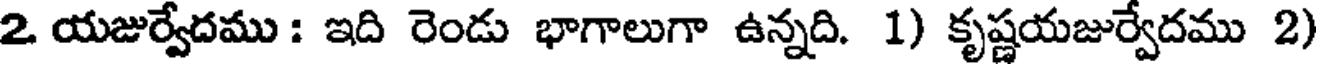
2 యజుర్వేదము : ఇది రెండు భాగాలుగా ఉన్నది. 1) కృష్ణయజుర్వేదము 2)